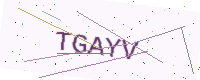
Text: TGAYV